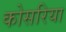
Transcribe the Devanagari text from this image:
कोसरिया